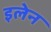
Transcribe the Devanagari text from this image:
इलेन